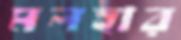
মলহার